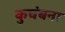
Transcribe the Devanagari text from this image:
कुचंबना